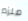
ملزم